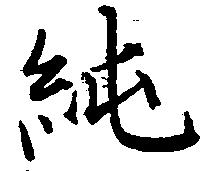
純